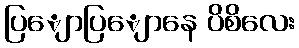
ပြျောပြျောနေ ပိစိလေး